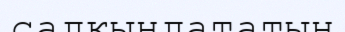
салқындататын